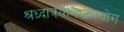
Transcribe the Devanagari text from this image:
श्रध्दात्रयविभागयोग